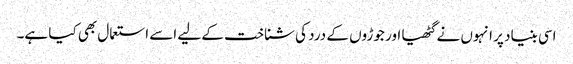
اسی بنیاد پر انہوں نے گٹھیا اور جوڑوں کے درد کی شناخت کے لیے اسے استعمال بھی کیا ہے۔